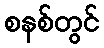
စနစ်တွင်